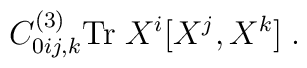
C^{(3)}_{0ij, k}{\rm Tr}\; X^i[X^j, X^k]\;.